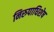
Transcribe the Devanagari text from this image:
निरुपाधिशेष